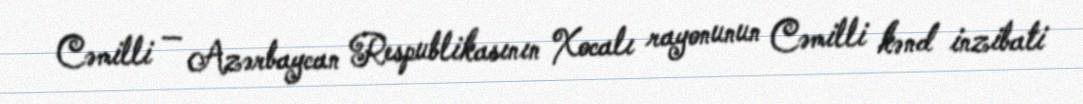
Cəmilli — Azərbaycan Respublikasının Xocalı rayonunun Cəmilli kənd inzibati